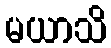
မယာသိ